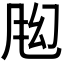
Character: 𬱶